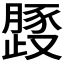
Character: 𱥈